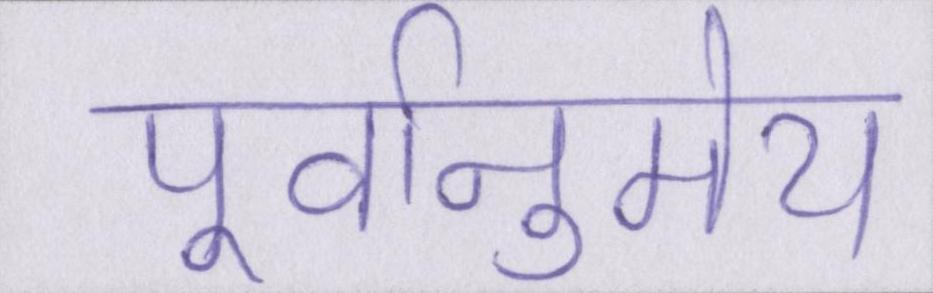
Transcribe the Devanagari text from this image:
पूर्वानुमेय